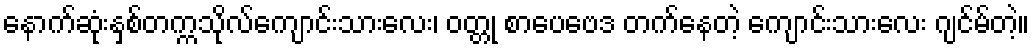
နောက်ဆုံးနှစ်တက္ကသိုလ်ကျောင်းသားလေး၊ ဝတ္တု စာပေဗေဒ တက်နေတဲ့ ကျောင်းသားလေး ဂျင်မ်တဲ့။